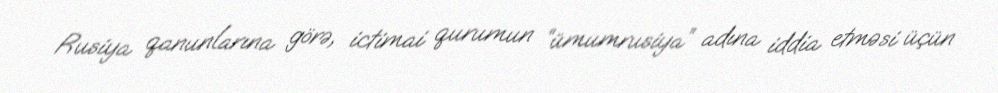
Rusiya qanunlarına görə, ictimai qurumun “ümumrusiya” adına iddia etməsi üçün